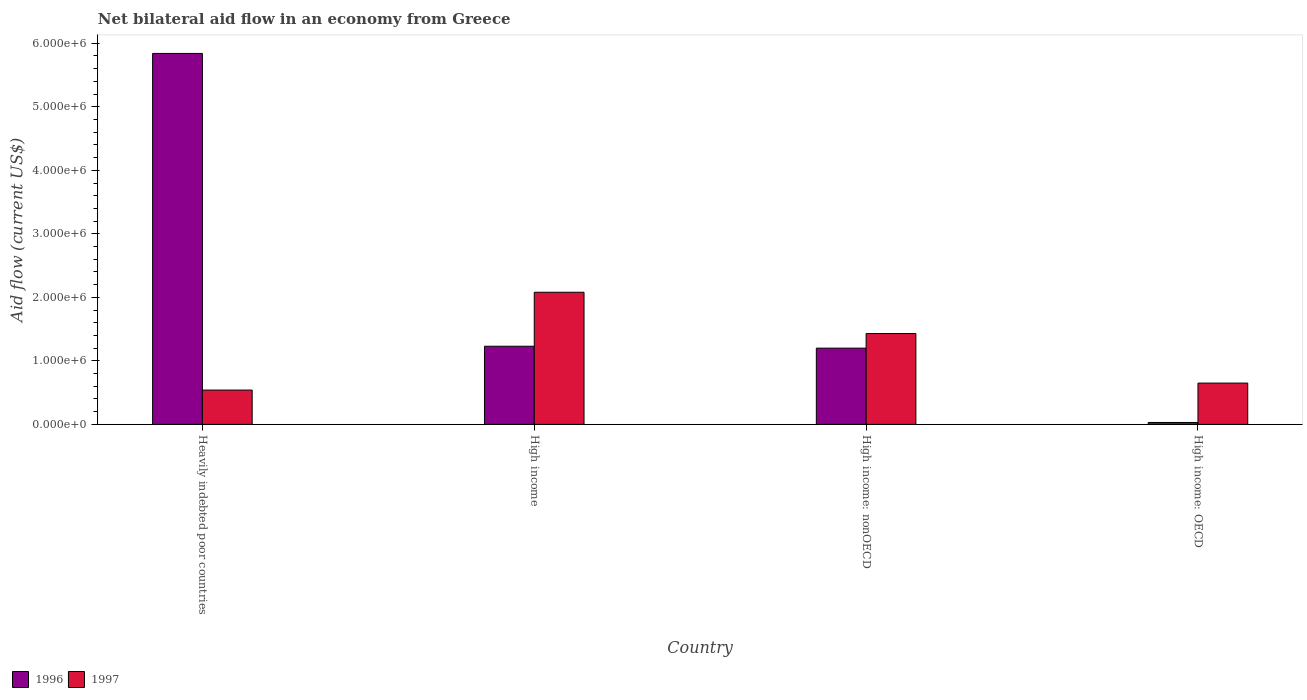
| Country | 1996 | 1997 |
 | --- | --- | --- |
 | Heavily indebted poor countries | 5.84e+06 | 5.4e+05 |
 | High income | 1.23e+06 | 2.08e+06 |
 | High income: nonOECD | 1.2e+06 | 1.43e+06 |
 | High income: OECD | 3e+04 | 6.5e+05 |